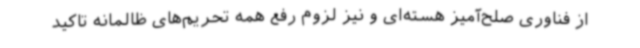
از فناوری صلح‌آمیز هسته‌ای و نیز لزوم رفع همه تحریم‌های ظالمانه تاکید